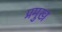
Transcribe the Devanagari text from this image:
प्रमुख्‍ा